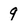
Character: 9